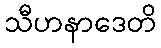
သီဟနာဒေတိ